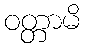
ဝတ္တာမိ